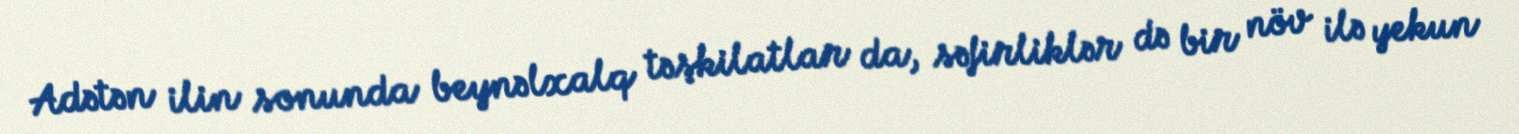
Adətən ilin sonunda beynəlxalq təşkilatlar da, səfirliklər də bir növ ilə yekun